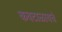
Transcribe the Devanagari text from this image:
कवटाळायचं